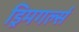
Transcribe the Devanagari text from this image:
ड्रिमगर्ल्स